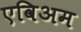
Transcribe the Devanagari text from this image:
एविअम